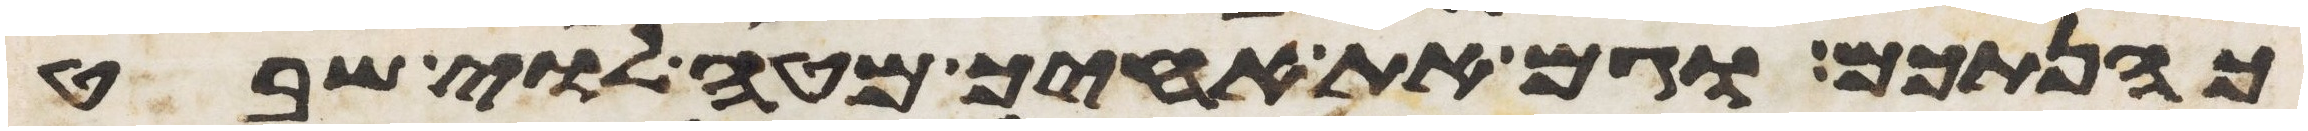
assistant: כהנתכם וגם את אחיך מטה לוי שבט